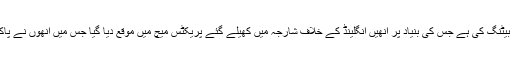
افتخار احمد نے بھی حالیہ قومی ٹی 20 ٹورنامنٹ میں عمدہ بیٹنگ کی ہے جس کی بنیاد پر انھیں انگلینڈ کے خلاف شارجہ میں کھیلے گئے پریکٹس میچ میں موقع دیا گیا جس میں انھوں نے پاکستان اے کی طرف سے ناقابل شکست 92 رنز سکور کیے۔